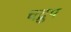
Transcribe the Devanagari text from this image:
चद्रुप